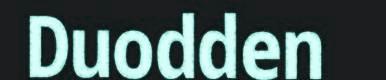
Duodden